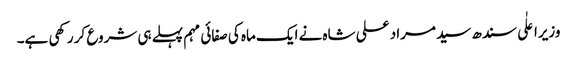
وزیراعلٰی سندھ سید مراد علی شاہ نے ایک ماہ کی صفائی مہم پہلے ہی شروع کر رکھی ہے۔